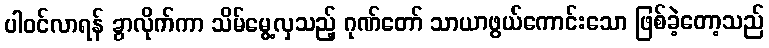
ပါဝင်လာရန် ခွာလိုက်ကာ သိမ်မွေ့လှသည့် ဂုဏ်တော် သာယာဖွယ်ကောင်းသော ဖြစ်ခဲ့တော့သည်